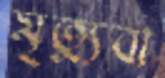
মৃত্যুবা